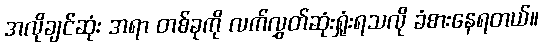
အလိုချင်ဆုံး အရာ တစ်ခုကို လက်လွှတ်ဆုံးရှုံးရသလို ခံစားနေရတယ်။